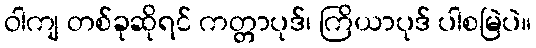
ဝါကျ တစ်ခုဆိုရင် ကတ္တာပုဒ်၊ ကြိယာပုဒ် ပါစမြဲပဲ။